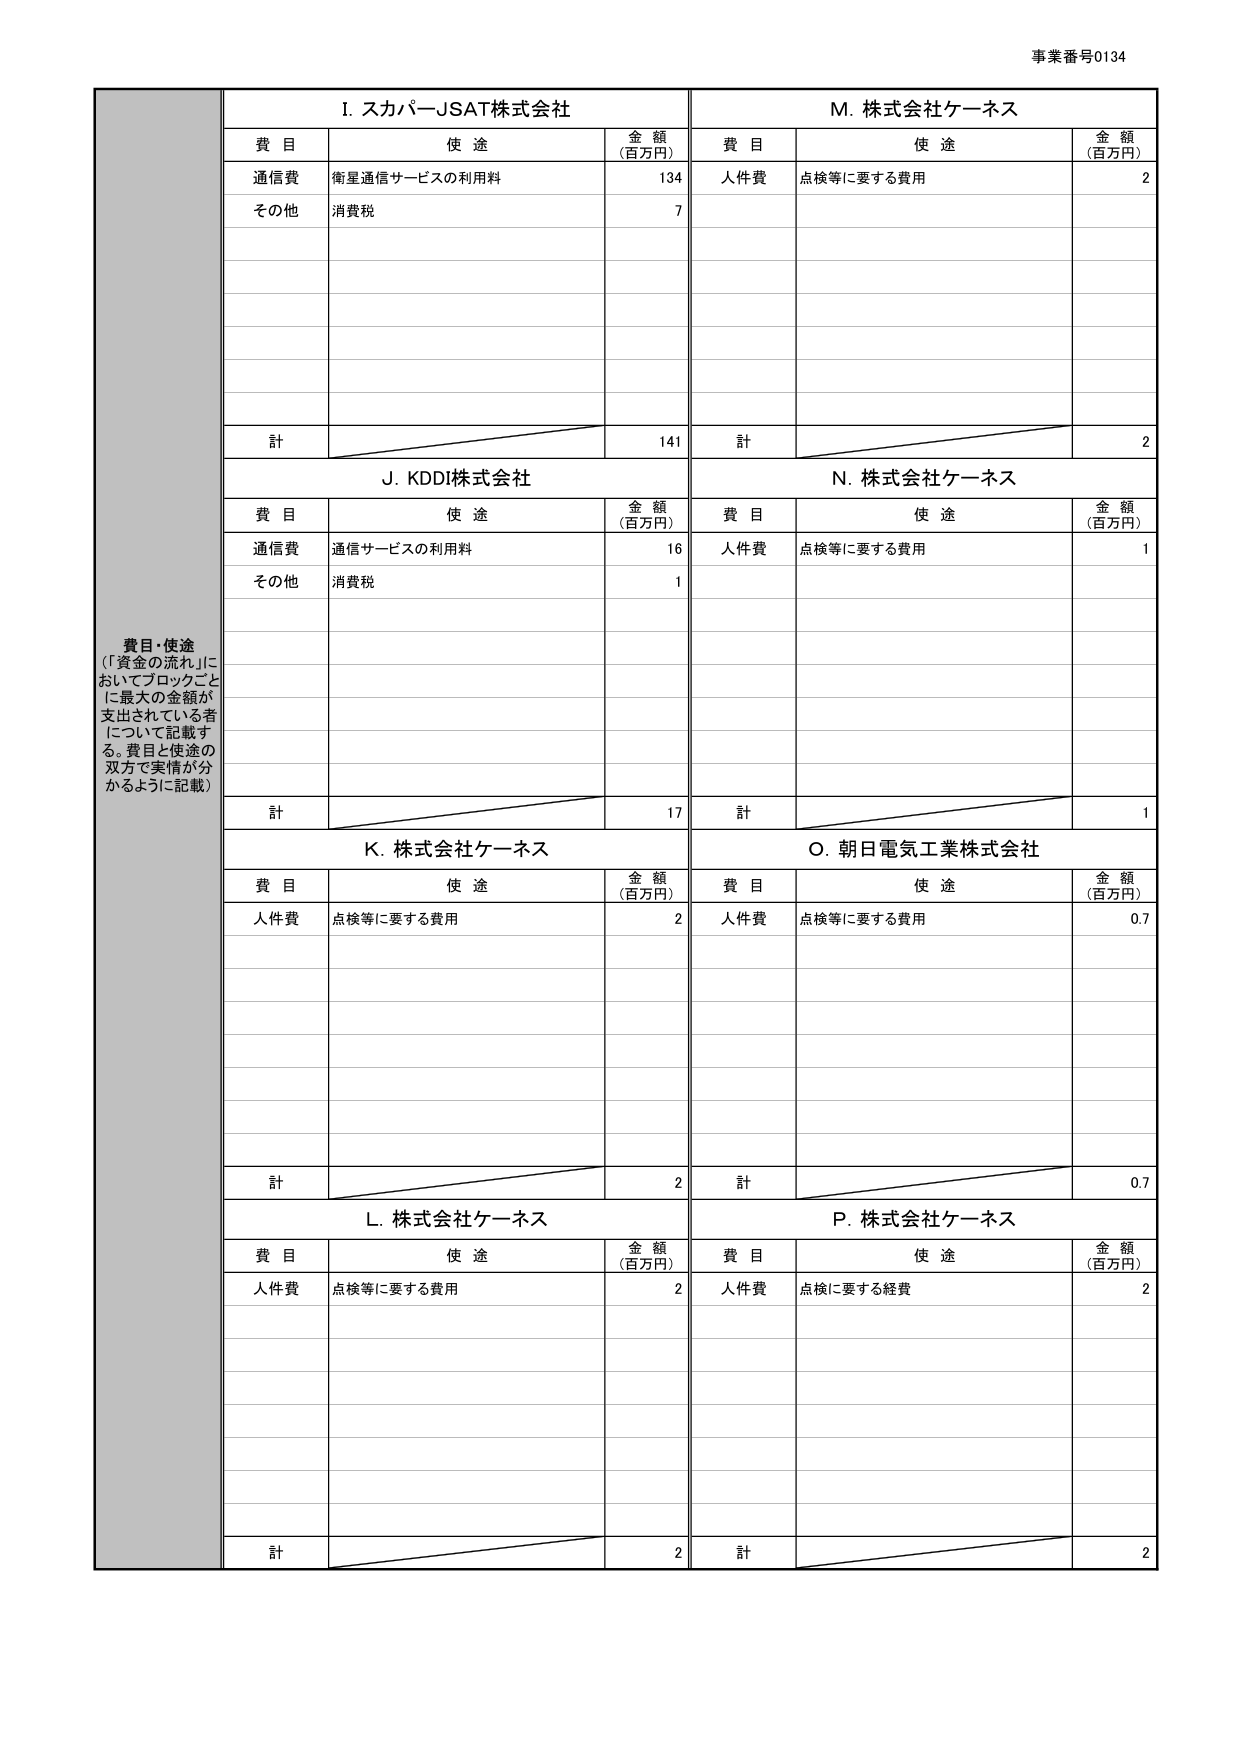
事業番号0134

費目・使途
（「資金の流れ」においてブロックごとに最大の金額が支出されている者について記載する。費目と使途の双方で実情が分かるように記載）

I. スカパーJSAT株式会社
費目　　　　　　使途　　　　　　　　　　金額（百万円）
通信費　　　　衛星通信サービスの利用料　　　134
その他　　　　消費税　　　　　　　　　　　　7
計　　　　　　　　　　　　　　　　　　　　141

J. KDDI株式会社
費目　　　　　　使途　　　　　　　　　　金額（百万円）
通信費　　　　通信サービスの利用料　　　　16
その他　　　　消費税　　　　　　　　　　　　1
計　　　　　　　　　　　　　　　　　　　　17

K. 株式会社ケーネス
費目　　　　　　使途　　　　　　　　　　金額（百万円）
人件費　　　　点検等に要する費用　　　　　2
計　　　　　　　　　　　　　　　　　　　　2

L. 株式会社ケーネス
費目　　　　　　使途　　　　　　　　　　金額（百万円）
人件費　　　　点検等に要する費用　　　　　2
計　　　　　　　　　　　　　　　　　　　　2

M. 株式会社ケーネス
費目　　　　　　使途　　　　　　　　　　金額（百万円）
人件費　　　　点検等に要する費用　　　　　2
計　　　　　　　　　　　　　　　　　　　　2

N. 株式会社ケーネス
費目　　　　　　使途　　　　　　　　　　金額（百万円）
人件費　　　　点検等に要する費用　　　　　1
計　　　　　　　　　　　　　　　　　　　　1

O. 朝日電気工業株式会社
費目　　　　　　使途　　　　　　　　　　金額（百万円）
人件費　　　　点検等に要する費用　　　　　0.7
計　　　　　　　　　　　　　　　　　　　　0.7

P. 株式会社ケーネス
費目　　　　　　使途　　　　　　　　　　金額（百万円）
人件費　　　　点検に要する経費　　　　　　2
計　　　　　　　　　　　　　　　　　　　　2